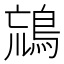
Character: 𪀞